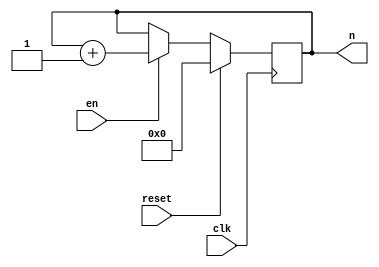
`timescale 1ns / 1ps
//////////////////////////////////////////////////////////////////////////////////
// Company: 
// Engineer: 
// 
// Design Name: 
// Module Name: counter
// Project Name: 
// Target Devices: 
// Tool Versions: 
// Description: 
// 
// Dependencies: 
// 
// Revision:
// Revision 0.01 - File Created
// Additional Comments:
// 
//////////////////////////////////////////////////////////////////////////////////


module counter(
    input clk,
    input reset,
    input en,
    output reg [31:0] n
    );
    
    initial
    begin
        n = 0;
    end
    
    always@(posedge clk)
    begin
        if(reset)
            n = 0;
        else if(en)
            n=n+1;
    end
    
    
endmodule